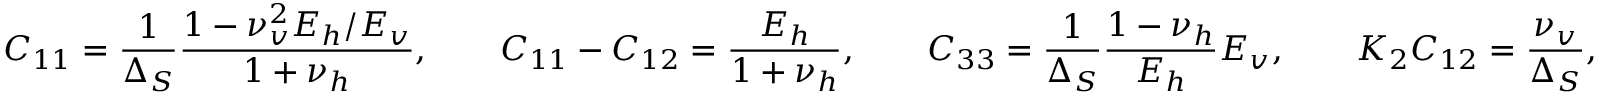
C _ { 1 1 } = \frac { 1 } { \Delta _ { S } } \frac { 1 - \nu _ { v } ^ { 2 } E _ { h } / E _ { v } } { 1 + \nu _ { h } } , \qquad C _ { 1 1 } - C _ { 1 2 } = \frac { E _ { h } } { 1 + \nu _ { h } } , \qquad C _ { 3 3 } = \frac { 1 } { \Delta _ { S } } \frac { 1 - \nu _ { h } } { E _ { h } } E _ { v } , \qquad K _ { 2 } C _ { 1 2 } = \frac { \nu _ { v } } { \Delta _ { S } } ,